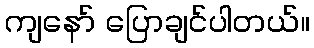
ကျနော် ပြောချင်ပါတယ်။